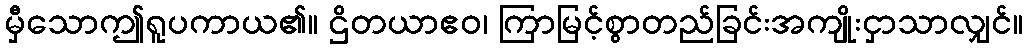
မှီသောဤရူပကာယ၏။ ဌိတယာဧဝ၊ ကြာမြင့်စွာတည်ခြင်းအကျိုးငှာသာလျှင်။